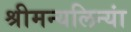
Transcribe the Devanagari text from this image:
श्रीमन्यलिन्यां